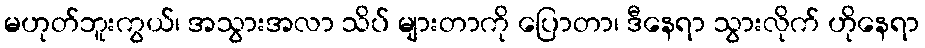
မဟုတ်ဘူးကွယ်၊ အသွားအလာ သိပ် များတာကို ပြောတာ၊ ဒီနေရာ သွားလိုက် ဟိုနေရာ